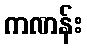
ကဏန်း